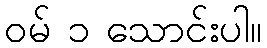
ဝမ် ၁ သောင်းပါ။